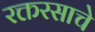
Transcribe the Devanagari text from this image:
रक्तरसाचे